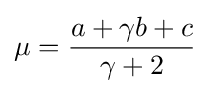
\mu ={\frac {a+\gamma b+c}{\gamma +2}}